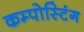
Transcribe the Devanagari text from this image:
कम्पोस्टिंग